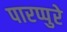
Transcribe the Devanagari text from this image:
पारप्पुरे